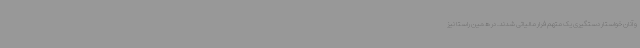
و آنان خواستار دستگیری یک متهم فرار مالیاتی شدند. در همین راستا نیز